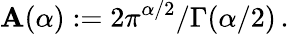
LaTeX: \mathbf{A}(\alpha):=2\pi^{\alpha/2}/\Gamma(\alpha/2)\, .